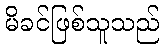
မိခင်ဖြစ်သူသည်